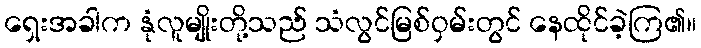
ရှေးအခါက နုံလူမျိုးတို့သည် သံလွင်မြစ်ဝှမ်းတွင် နေထိုင်ခဲ့ကြ၏။